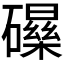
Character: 𱴺